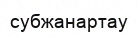
субжанартау